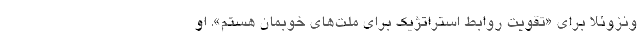
ونزوئلا برای «تقویت روابط استراتژیک برای ملت‌های خوبمان هستم». او